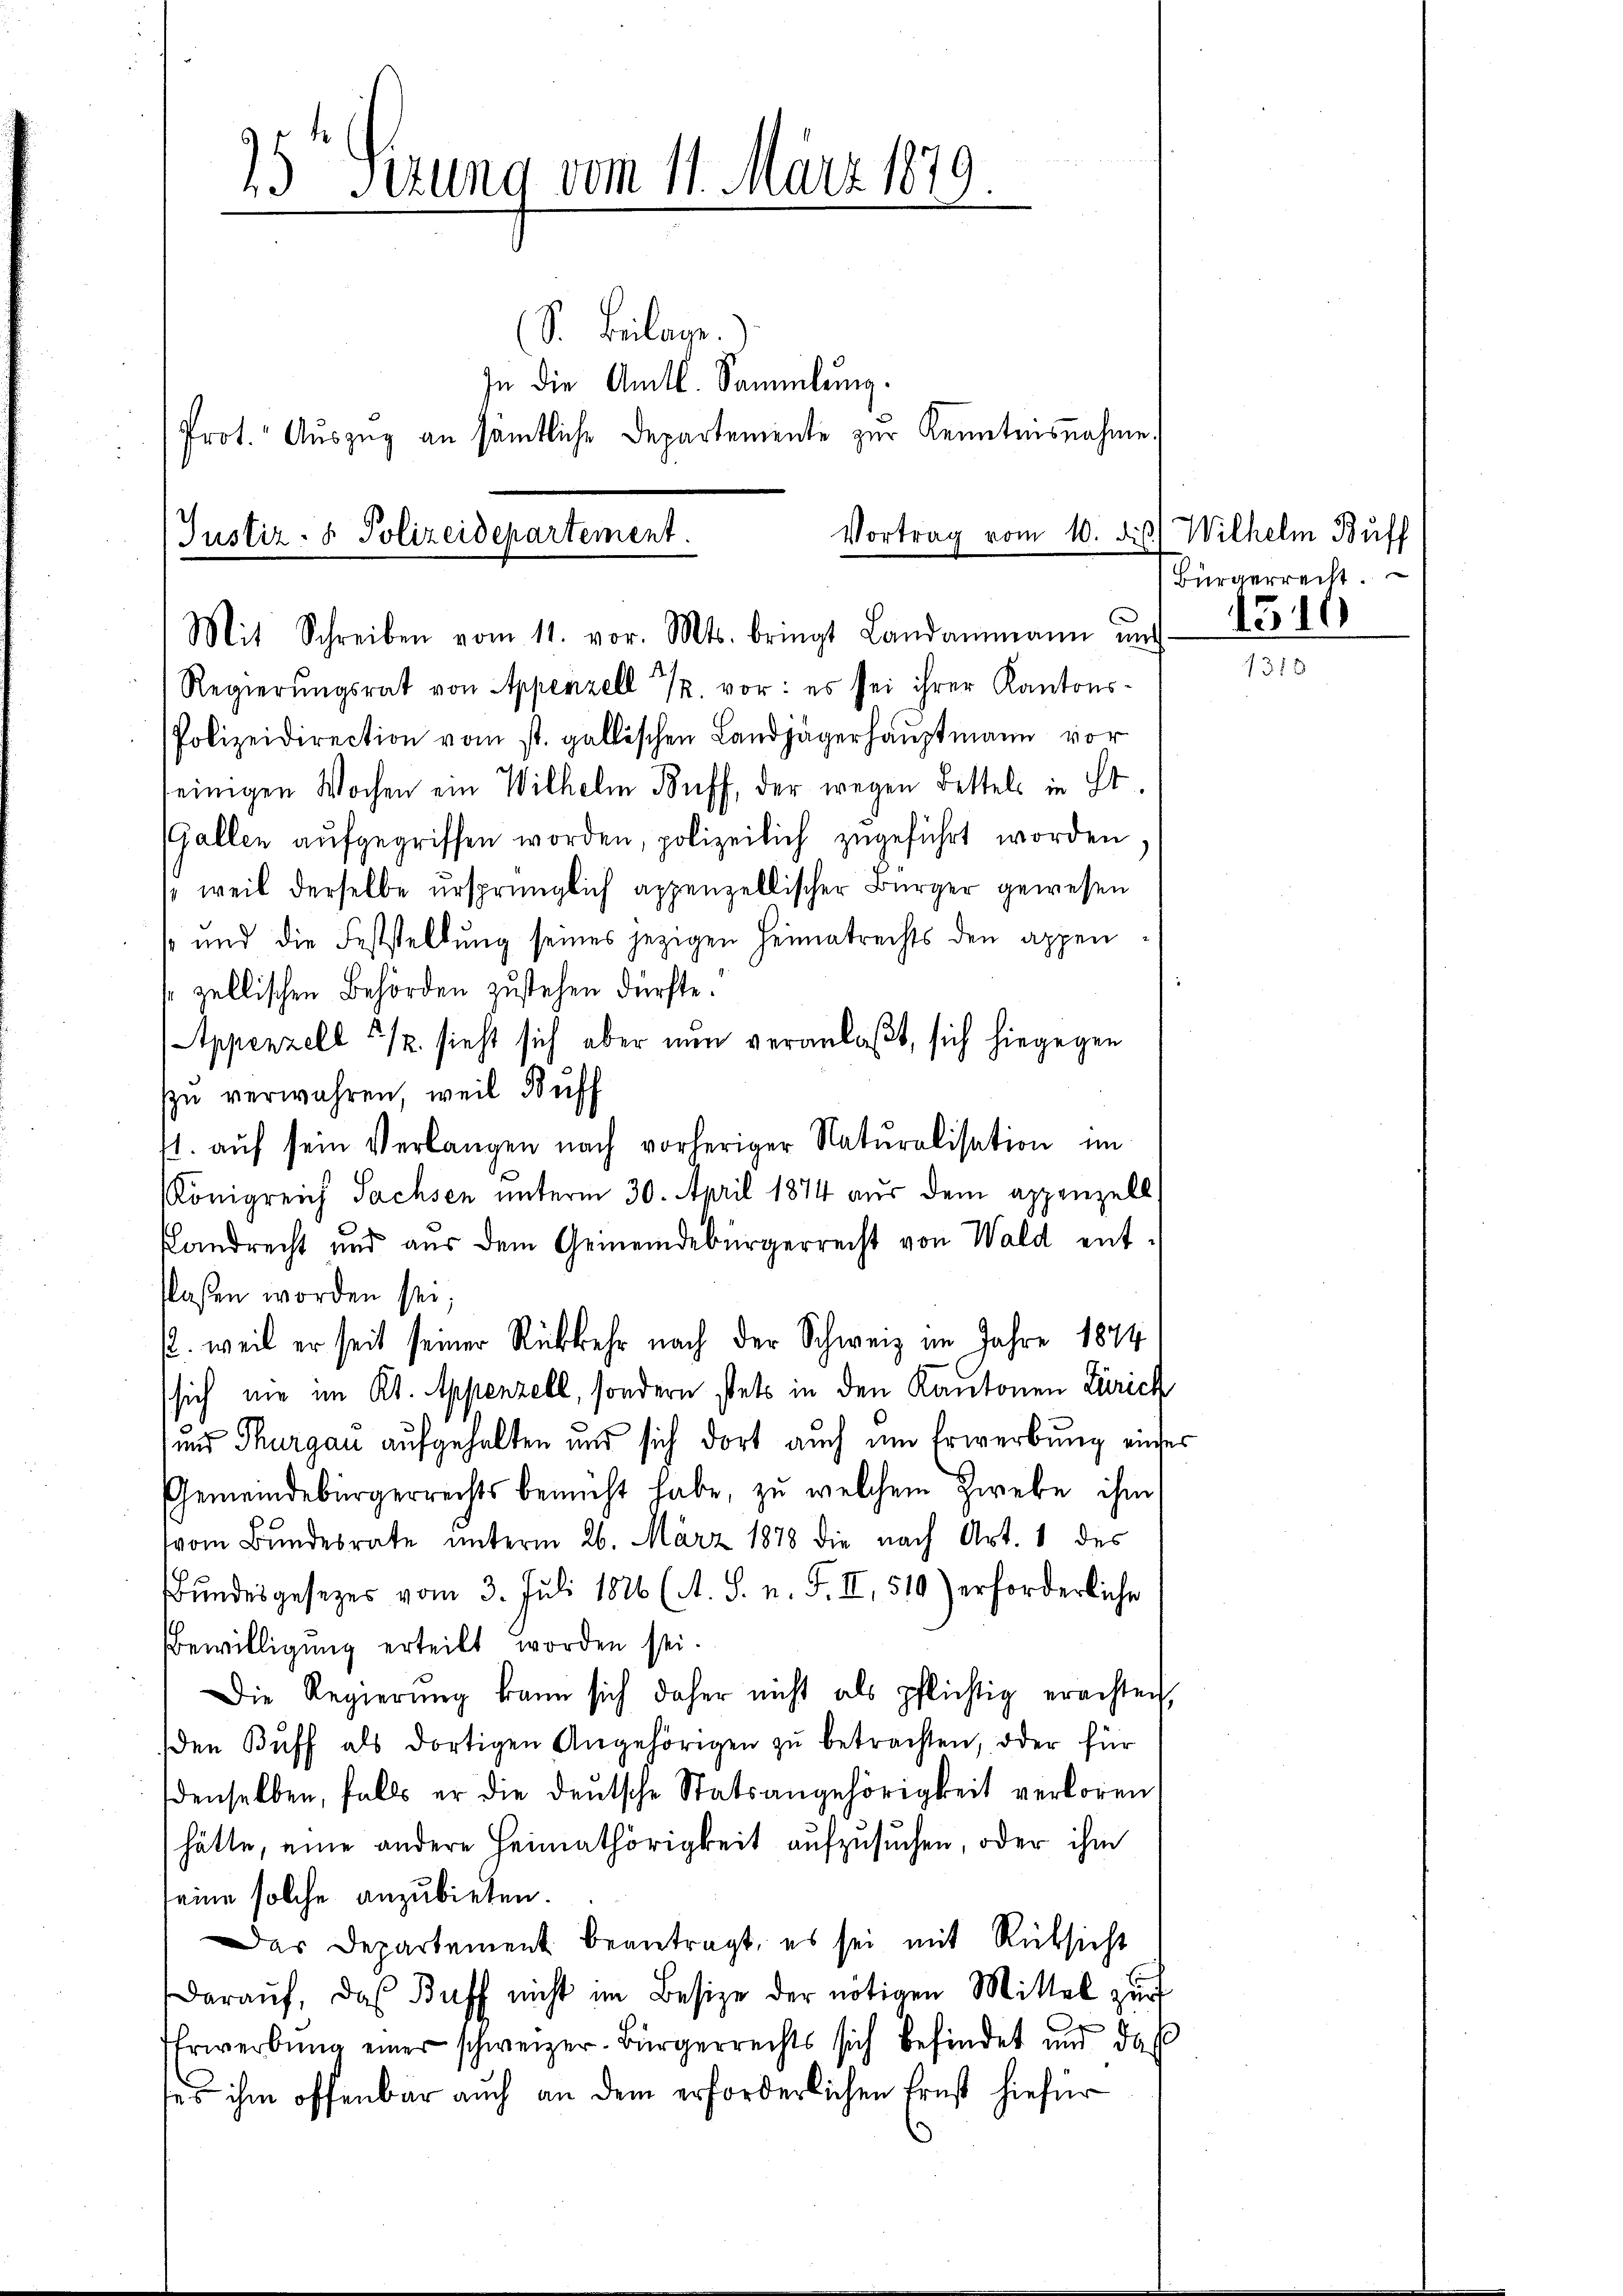
)
25 Setzung vom 11. März 187
e
S. Beilage.
In die Amtl. Sammlung.

Prot. Auszug an sämtliche Departemente zur Kenntnisnahme.

Vortrag vom 10. dis
Justiz- & Polizeidepartement.
Mit Schreiben vom 11. vor. Mts. bringt Landammann und

Regierŭngsrat von Appenzell 1. vor: es sei ihrer Kantons-
Polizeidirection vom st. gallischen Landjägerhauptmann vor
einigen Wochen ein Wilhelm Buff, der wegen Bettels in St.
(Gallen aufgegriffen worden, polizeilich zugeführt worden.
weil derselbe ursprünglich appenzellischer Bürger gewesen
s und die Feststellung seines jezigen Heimatrechts den appenszellischen Behörden zustehen dürfte.
Appenzell 5/. sieht sich aber nun veranlaßt, sich hiegegen
zu verwahren, weil Buff
fl. aŭf sein Verlangen nach vorheriger Naturalisation im
Königreich Sachsen unterm 30. April 1874 aus dem appenzell.
Landrecht und aus dem Gemeindebürgerrecht von Wald entflassen worden sei;
. weil er seit seiner Rückkehr nach der Schweiz im Jahre 1874
sich nie im Kt. Appenzell, sondern stets in den Kantonen Zürich
und Thurgau aufgehalten und sich dort auch um Erwerbung einses
Gemeindebürgerrechts bemüht habe, zŭ welchem Zwebe ihm
vom Bundesrate unterm 26. März 1878 die nach Art. 1 des
Bŭndesgesezes vom 3. Juli 1826 (A. S. n. F. II, 510) erforderliche
Bewilligung erteilt worden sei.
Die Regierŭng kann sich daher nicht als pflichtig erachten,
den Buff als dortigen Angehörigen zŭ betrachten, oder für
denselben, falls er die deŭtsche Statsangehörigkeit verloren,
hätte, eine andere Heimathörigkeit aufzusuchen, oder ihm
eine solche anzubieten.
Das Departement beantragt, es sei mit Rücksicht
daraŭf, das Buff nicht im Besize der nötigen Mittel zŭr
g
Erwerbung einer schweizer-Bürgerrechts sich befindet mir daß
ses ihm offenbar auch an dem erforderlichen Ernst hiefür

Wilhelm Buff
Bürgerrecht.

1319